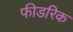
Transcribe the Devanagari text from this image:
फीडरिक